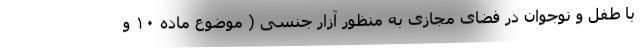
با طفل و نوجوان در فضای مجازی به منظور آزار جنسی ( موضوع ماده ۱۰ و